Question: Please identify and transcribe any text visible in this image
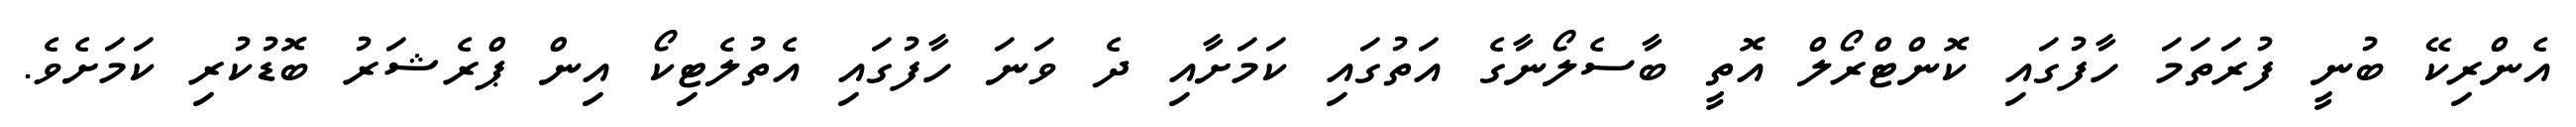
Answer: އެންރިކޭ ބުނީ ފުރަތަމަ ހާފުގައި ކޮންޓްރޯލް އޮތީ ބާސެލޯނާގެ އަތުގައި ކަމަށާއި ދެ ވަނަ ހާފުގައި އެތުލެޓިކޯ އިން ޕްރެޝަރު ބޮޑުކުރި ކަމަށެވެ.